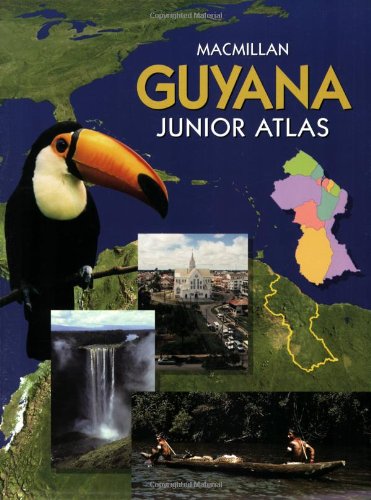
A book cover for Macmillan Guyana Junior Atlas; Bernard D; Travel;